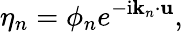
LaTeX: \eta_{n}=\phi_{n}e^{-\mathrm{i}\mathbf{k}_{n}\cdot\mathbf{u}},